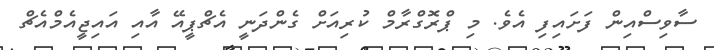
ސާވިސްއިން ފަށައިފި އެވެ. މި ޕްރޮގްރާމް ކުރިއަށް ގެންދަނީ އެޗްޕީއޭ އާއި އައިޖީއެމްއެޗް